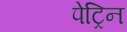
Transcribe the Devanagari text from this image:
पेट्रिन